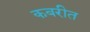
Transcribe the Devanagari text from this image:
कबरीत